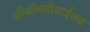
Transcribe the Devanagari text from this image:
डीओक्सीडाईसड